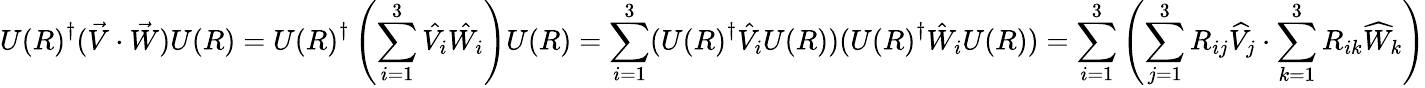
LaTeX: {U(R)}^{\dagger}({\vec{V}}\cdot{\vec{W}})U(R)={U(R)}^{\dagger}\left(\sum_{i=1}^{3}{\hat{V_{i}}}{\hat{W_{i}}}\right)U(R)=\sum_{i=1}^{3}({U(R)}^{\dagger}{\hat{V}}_{i}U(R))({U(R)}^{\dagger}{\hat{W}}_{i}U(R))=\sum_{i=1}^{3}\left(\sum_{j=1}^{3}R_{ij}{\widehat{V}}_{j}\cdot\sum_{k=1}^{3}R_{ik}{\widehat{W}}_{k}\right)